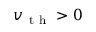
v _ { \mathrm { ~ t ~ h ~ } } > 0